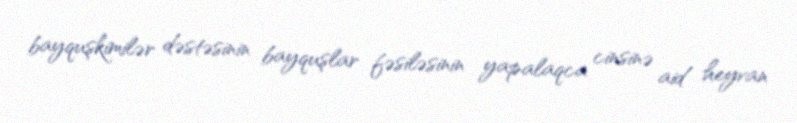
bayquşkimilər dəstəsinin bayquşlar fəsiləsinin yapalaqca cinsinə aid heyvan